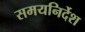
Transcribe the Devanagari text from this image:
समयनिर्देश